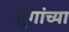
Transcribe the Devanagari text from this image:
शुंगांच्या